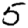
Digit: 5